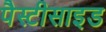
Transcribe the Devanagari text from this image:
पैस्टीसाइड